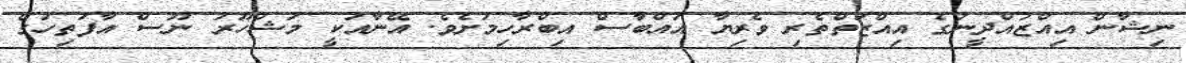
ނިޝާން އިއްޒުއްދީނުގެ އިއްޒަތްތެރި ވެރިޔާ އައްބާސް އިބްރާހިމަށެވެ. އޭނާއަކީ މަޝްހޫރު ނޫސް އާފަތިހުގެ